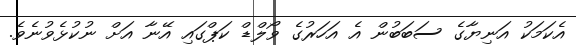
އެކަމަކު އަނިޔާގެ ސަބަބުން އެ އަހަރުގެ ވޯލްޑް ކަޕްގައި އޭނާ އަަށް ނުކުޅެވުނެވެ.